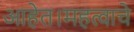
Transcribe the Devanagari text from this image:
आहेत।महत्वाचे